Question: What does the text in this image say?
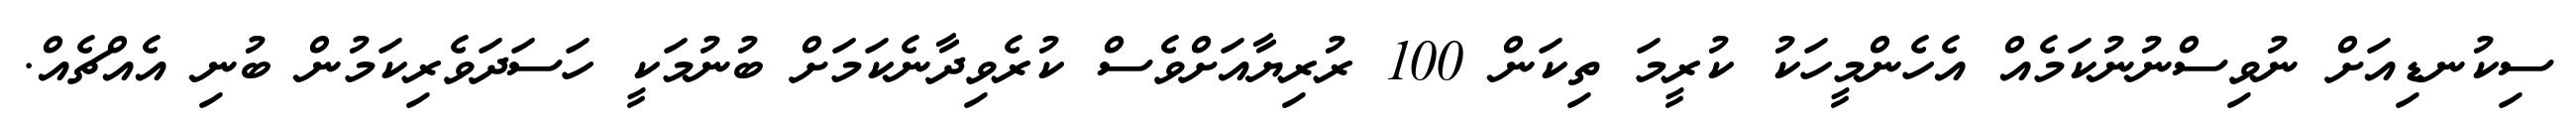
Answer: ސިކުނޑިއަށް ނުވިސްނުނުކަމެއް އެހެންމީހަކު ކުރީމަ ތިކަން 100 ރުރިޔާއަށްވެސް ކުރެވިދާނެކަމަށް ބުނުމަކީ ހަސަދަވެރިކަމުން ބުނި އެއްޗެއް.